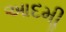
આદમીૢ